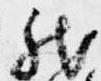
然